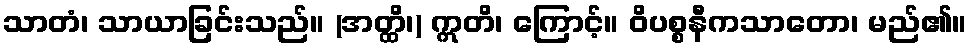
သာတံ၊ သာယာခြင်းသည်။ (အတ္ထိ၊) ဣတိ၊ ကြောင့်။ ဝိပစ္စနီကသာတော၊ မည်၏။